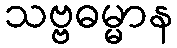
သဗ္ဗဓမ္မာန